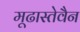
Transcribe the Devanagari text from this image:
मूढास्तेवैन